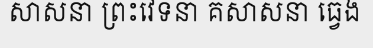
សាសនា ព្រះវេទនា គសាសនា ធ្វេង